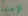
الإعادة